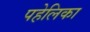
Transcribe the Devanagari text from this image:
पहेलिका